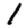
Digit: 1